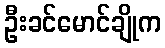
ဦးခင်မောင်ချိုက